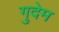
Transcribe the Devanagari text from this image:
गुदेम